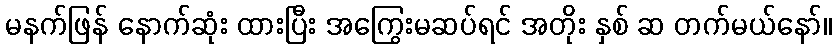
မနက်ဖြန် နောက်ဆုံး ထားပြီး အကြွေးမဆပ်ရင် အတိုး နှစ် ဆ တက်မယ်နော်။